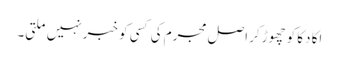
اکا دکا کو چھوڑکر اصل مجرم کی کسی کو خبر نہیں ملتی۔